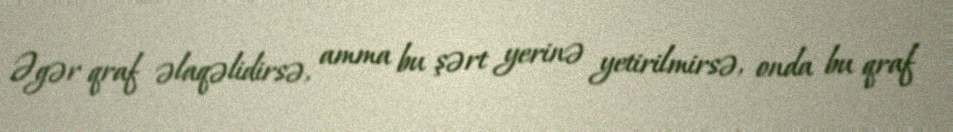
Əgər qraf əlaqəlidirsə, amma bu şərt yerinə yetirilmirsə, onda bu qraf